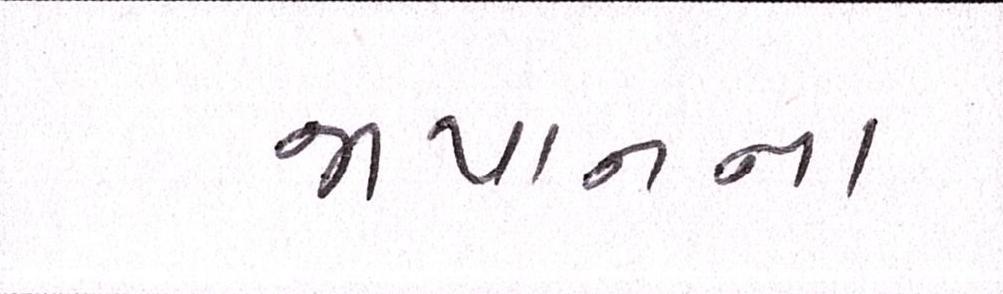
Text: જાપાનના